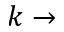
k \rightarrow